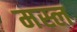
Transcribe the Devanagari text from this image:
मस्ल